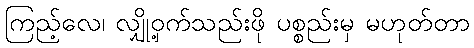
ကြည့်လေ၊ လျှို့ဝှက်သည်းဖို ပစ္စည်းမှ မဟုတ်တာ